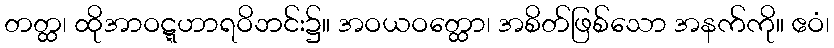
တတ္ထ၊ ထိုအာဝဋ္ဋဟာရဝိဘင်း၌။ အဝယဝတ္ထော၊ အစိတ်ဖြစ်သော အနက်ကို။ ဧဝံ၊